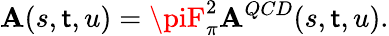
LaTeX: \mathbf{A}(s,\mathsf{t},u)=\piF_{\pi}^{2}\mathbf{A}^{QCD}(s,\mathsf{t},u).